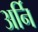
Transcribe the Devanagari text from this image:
अर्नि